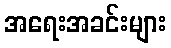
အရေးအခင်းများ